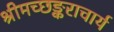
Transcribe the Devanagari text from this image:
श्रीमच्छङ्कराचार्य